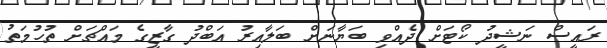
ރައީސް ނަޝީދު ކޯޓަށް ދެއްވި ބަޔާނަށް ބަލާއިރު އަބްދު ގާޒީގެ މައްޗަށް ތުހުމަތު